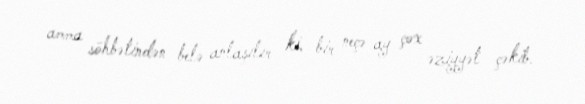
amma söhbətindən belə anlaşılır ki, bir neçə ay çox əziyyət çəkib.